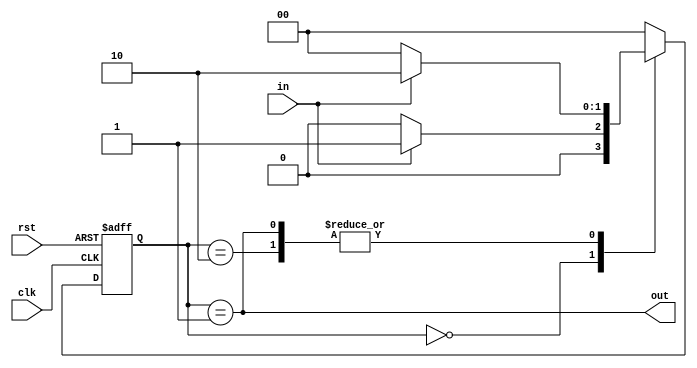
`timescale 1ns / 1ps
//////////////////////////////////////////////////////////////////////////////////
// Company: 
// Engineer: 
// 
// Design Name: 
// Module Name: Take_edge
// Project Name: 
// Target Devices: 
// Tool Versions: 
// Description: 
// 
// Dependencies: 
// 
// Revision:
// Revision 0.01 - File Created
// Additional Comments:
// 
//////////////////////////////////////////////////////////////////////////////////


module Take_edge
  (
    input clk,rst,
    input  in,
    output out
    );
    
  reg [1:0] current_state,next_state;
  localparam [1:0] S0=2'b00,S1=2'b01,S2=2'b10;
  initial current_state=S0;
  initial next_state=S0;  
    
//state logic
always @(posedge clk, posedge rst)
  if (rst) current_state <= S0;
  else current_state <= next_state; 

//next state logic
always @(*) begin 
  next_state = current_state;
  case (current_state)
    S0: if (in) next_state = S1; else next_state = S0;
    S1: if (in) next_state = S2; else next_state = S0;
    S2: if (in) next_state = S2; else next_state = S0;
    default: next_state = S0;
  endcase
end

//output logic
  assign  out = (current_state==S1);  
    
endmodule


/*module Take_edge
  (
    input clk,rst,
    input  in,
    output out
    );

reg button_r1,button_r2; 
  always@(posedge clk)     
    button_r1 <= in;
  always@(posedge clk)  
   button_r2 <= button_r1; 
   
   assign out = button_r1 & (~button_r2); 
    
endmodule*/